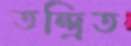
তন্দ্রিত